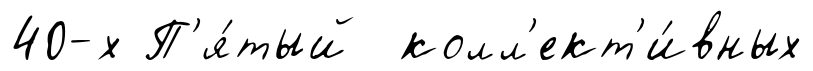
40-х П'я́тый колл'ект'и́вных